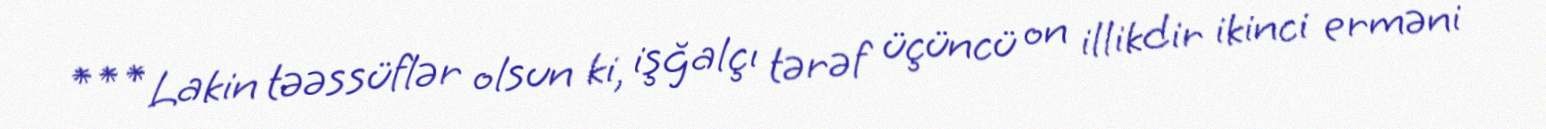
*** Lakin təəssüflər olsun ki, işğalçı tərəf üçüncü on illikdir ikinci erməni